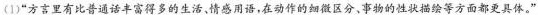
(1)”方言里有比普通话丰富得多的生活，情感用语，在动作的细微区分，事物的性状描绘等方面都更具体。